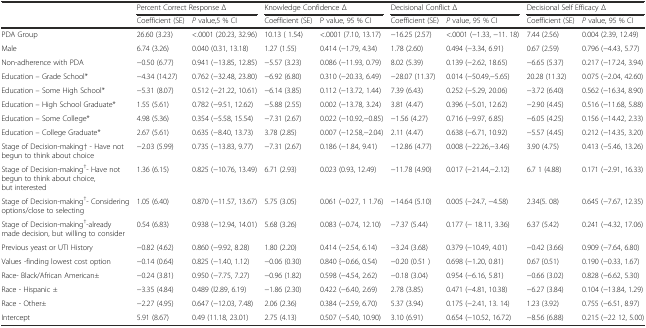
<table><thead><tr><td rowspan="2"></td><td colspan="2"><b>Percent Correct Response Δ</b></td><td colspan="2"><b>Knowledge Confidence Δ</b></td><td colspan="2"><b>Decisional Conflict Δ</b></td><td colspan="2"><b>Decisional Self Efficacy Δ</b></td></tr><tr><td><b>Coefficient (SE)</b></td><td><b><i>P</i> value,5 % CI</b></td><td><b>Coefficient (SE)</b></td><td><b>P value, 95 % CI</b></td><td><b>Coefficient (SE)</b></td><td><b><i>P</i> value, 95 % CI</b></td><td><b>Coefficient (SE)</b></td><td><b><i>P</i> value, 95 % CI</b></td></tr></thead><tbody><tr><td>PDA Group</td><td>26.60 (3.23)</td><td>&lt;.0001 (20.23, 32.96)</td><td>10.13 ( 1.54)</td><td>&lt;.0001 (7.10, 13.17)</td><td>−16.25 (2.57)</td><td>&lt;.0001 (−1.33, −11. 18)</td><td>7.44 (2.56)</td><td>0.004 (2.39, 12.49)</td></tr><tr><td>Male</td><td>6.74 (3.26)</td><td>0.040 (0.31, 13.18)</td><td>1.27 (1.55)</td><td>0.414 (−1.79, 4.34)</td><td>1.78 (2.60)</td><td>0.494 (−3.34, 6.91)</td><td>0.67 (2.59)</td><td>0.796 (−4.43, 5.77)</td></tr><tr><td>Non-adherence with PDA</td><td>−0.50 (6.77)</td><td>0.941 (−13.85, 12.85)</td><td>−5.57 (3.23)</td><td>0.086 (−11.93, 0.79)</td><td>8.02 (5.39)</td><td>0.139 (−2.62, 18.65)</td><td>−6.65 (5.37)</td><td>0.217 (−17.24, 3.94)</td></tr><tr><td>Education – Grade School*</td><td>−4.34 (14.27)</td><td>0.762 (−32.48, 23.80)</td><td>−6.92 (6.80)</td><td>0.310 (−20.33, 6.49)</td><td>−28.07 (11.37)</td><td>0.014 (−50.49,−5.65)</td><td>20.28 (11.32)</td><td>0.075 (−2.04, 42.60)</td></tr><tr><td>Education – Some High School*</td><td>−5.31 (8.07)</td><td>0.512 (−21.22, 10.61)</td><td>−6.14 (3.85)</td><td>0.112 (−13.72, 1.44)</td><td>7.39 (6.43)</td><td>0.252 (−5.29, 20.06)</td><td>−3.72 (6.40)</td><td>0.562 (−16.34, 8.90)</td></tr><tr><td>Education – High School Graduate*</td><td>1.55 (5.61)</td><td>0.782 (−9.51, 12.62)</td><td>−5.88 (2.55)</td><td>0.002 (−13.78, 3.24)</td><td>3.81 (4.47)</td><td>0.396 (−5.01, 12.62)</td><td>−2.90 (4.45)</td><td>0.516 (−11.68, 5.88)</td></tr><tr><td>Education – Some College*</td><td>4.98 (5.36)</td><td>0.354 (−5.58, 15.54)</td><td>−7.31 (2.67)</td><td>0.022 (−10.92,−0.85)</td><td>−1.56 (4.27)</td><td>0.716 (−9.97, 6.85)</td><td>−6.05 (4.25)</td><td>0.156 (−14.42, 2.33)</td></tr><tr><td>Education – College Graduate*</td><td>2.67 (5.61)</td><td>0.635 (−8.40, 13.73)</td><td>3.78 (2.85)</td><td>0.007 (−12.58,−2.04)</td><td>2.11 (4.47)</td><td>0.638 (−6.71, 10.92)</td><td>−5.57 (4.45)</td><td>0.212 (−14.35, 3.20)</td></tr><tr><td>Stage of Decision-making† - Have not begun to think about choice</td><td>−2.03 (5.99)</td><td>0.735 (−13.83, 9.77)</td><td>−7.31 (2.67)</td><td>0.186 (−1.84, 9.41)</td><td>−12.86 (4.77)</td><td>0.008 (−22.26,−3.46)</td><td>3.90 (4.75)</td><td>0.413 (−5.46, 13.26)</td></tr><tr><td>Stage of Decision-making<sup>†</sup>- Have not begun to think about choice, but interested</td><td>1.36 (6.15)</td><td>0.825 (−10.76, 13.49)</td><td>6.71 (2.93)</td><td>0.023 (0.93, 12.49)</td><td>−11.78 (4.90)</td><td>0.017 (−21.44,−2.12)</td><td>6.7 1 (4.88)</td><td>0.171 (−2.91, 16.33)</td></tr><tr><td>Stage of Decision-making<sup>†</sup>- Considering options/close to selecting</td><td>1.05 (6.40)</td><td>0.870 (−11.57, 13.67)</td><td>5.75 (3.05)</td><td>0.061 (−0.27, 1 1.76)</td><td>−14.64 (5.10)</td><td>0.005 (−24.7, −4.58)</td><td>2.34(5. 08)</td><td>0.645 (−7.67, 12.35)</td></tr><tr><td>Stage of Decision-making<sup>†</sup>-already made decision, but willing to consider</td><td>0.54 (6.83)</td><td>0.938 (−12.94, 14.01)</td><td>5.68 (3.26)</td><td>0.083 (−0.74, 12.10)</td><td>−7.37 (5.44)</td><td>0.177 (− 18.11, 3.36)</td><td>6.37 (5.42)</td><td>0.241 (−4.32, 17.06)</td></tr><tr><td>Previous yeast or UTI History</td><td>−0.82 (4.62)</td><td>0.860 (−9.92, 8.28)</td><td>1.80 (2.20)</td><td>0.414 (−2.54, 6.14)</td><td>−3.24 (3.68)</td><td>0.379 (−10.49, 4.01)</td><td>−0.42 (3.66)</td><td>0.909 (−7.64, 6.80)</td></tr><tr><td>Values -finding lowest cost option</td><td>−0.14 (0.64)</td><td>0.825 (−1.40, 1.12)</td><td>−0.06 (0.30)</td><td>0.840 {−0.66, 0.54)</td><td>−0.20 (0.51 )</td><td>0.698 (−1.20, 0.81)</td><td>0.67 {0.51)</td><td>0.190 (−0.33, 1.67)</td></tr><tr><td>Race- Black/African American±</td><td>−0.24 (3.81)</td><td>0.950 (−7.75, 7.27)</td><td>−0.96 (1.82)</td><td>0.598 (−4.54, 2.62)</td><td>−0.18 (3.04)</td><td>0.954 (−6.16, 5.81)</td><td>−0.66 (3.02)</td><td>0.828 (−6.62, 5.30)</td></tr><tr><td>Race - Hispanic ±</td><td>−3.35 (4.84)</td><td>0.489 (l2.89, 6.19)</td><td>−1.86 (2.30)</td><td>0.422 (−6.40, 2.69)</td><td>2.78 (3.85)</td><td>0.471 (−4.81, 10.38)</td><td>−6.27 (3.84)</td><td>0.104 (−13.84, 1.29)</td></tr><tr><td>Race - Other±</td><td>−2.27 (4.95)</td><td>0.647 (−12.03, 7.48)</td><td>2.06 (2.36)</td><td>0.384 (−2.59, 6.70)</td><td>5.37 (3.94)</td><td>0.175 (−2.41, 13. 14)</td><td>1.23 (3.92)</td><td>0.755 (−6.51, 8.97)</td></tr><tr><td>Intercept</td><td>5.91 (8.67)</td><td>0.49 (11.18, 23.01)</td><td>2.75 (4.13)</td><td>0.507 (−5.40, 10.90)</td><td>3.10 (6.91)</td><td>0.654 (−10.52, 16.72)</td><td>−8.56 (6.88)</td><td>0.215 (−22 12, 5.00)</td></tr></tbody></table>